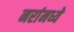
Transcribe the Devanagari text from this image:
नरांमध्ये